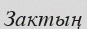
Зактың